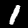
Label: 1